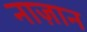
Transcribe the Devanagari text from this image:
नाज़ान